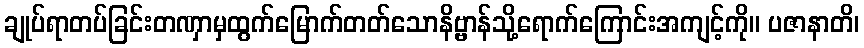
ချုပ်ရာတပ်ခြင်းတဏှာမှထွက်မြောက်တတ်သောနိဗ္ဗာန်သို့ရောက်ကြောင်းအကျင့်ကို။ ပဇာနာတိ၊